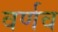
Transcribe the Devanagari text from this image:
वर्णव